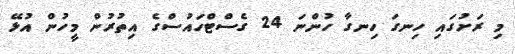
މި ރަށުގައި ހިނގަ ހިނގާ ހުންނަ 24 ގެސްޓްހައުސްގެ އިތުރުން މީހުން އުޅޭ